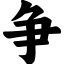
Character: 争